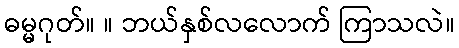
ဓမ္မဂုတ်။ ။ ဘယ်နှစ်လလောက် ကြာသလဲ။